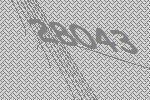
28043